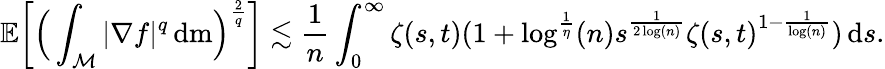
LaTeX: \mathbb{E}\bigg[\Big(\int_{\mathcal{M}}\vert\nabla f\vert^{q}\, \mathrm{d}\mathrm{m}\Big)^{\frac{2}{q}}\bigg]\lesssim\frac{1}{n}\int_{0}^{\infty}\zeta(s,t)(1+\log^{\frac{1}{\eta}}(n)s^{\frac{1}{2\log(n)}}\zeta(s,t)^{1-\frac{1}{\log(n)}})\, \mathrm{d}s.